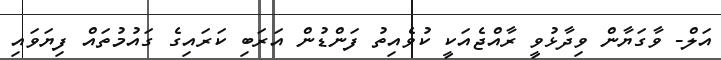
އަލް- ވާގަޔާން ވިދާޅުވީ ރާއްޖެއަކީ ކުވެއިތު ފަންޑުން އަރަބި ކަރައިގެ ގައުމުތައް ފިޔަވައި